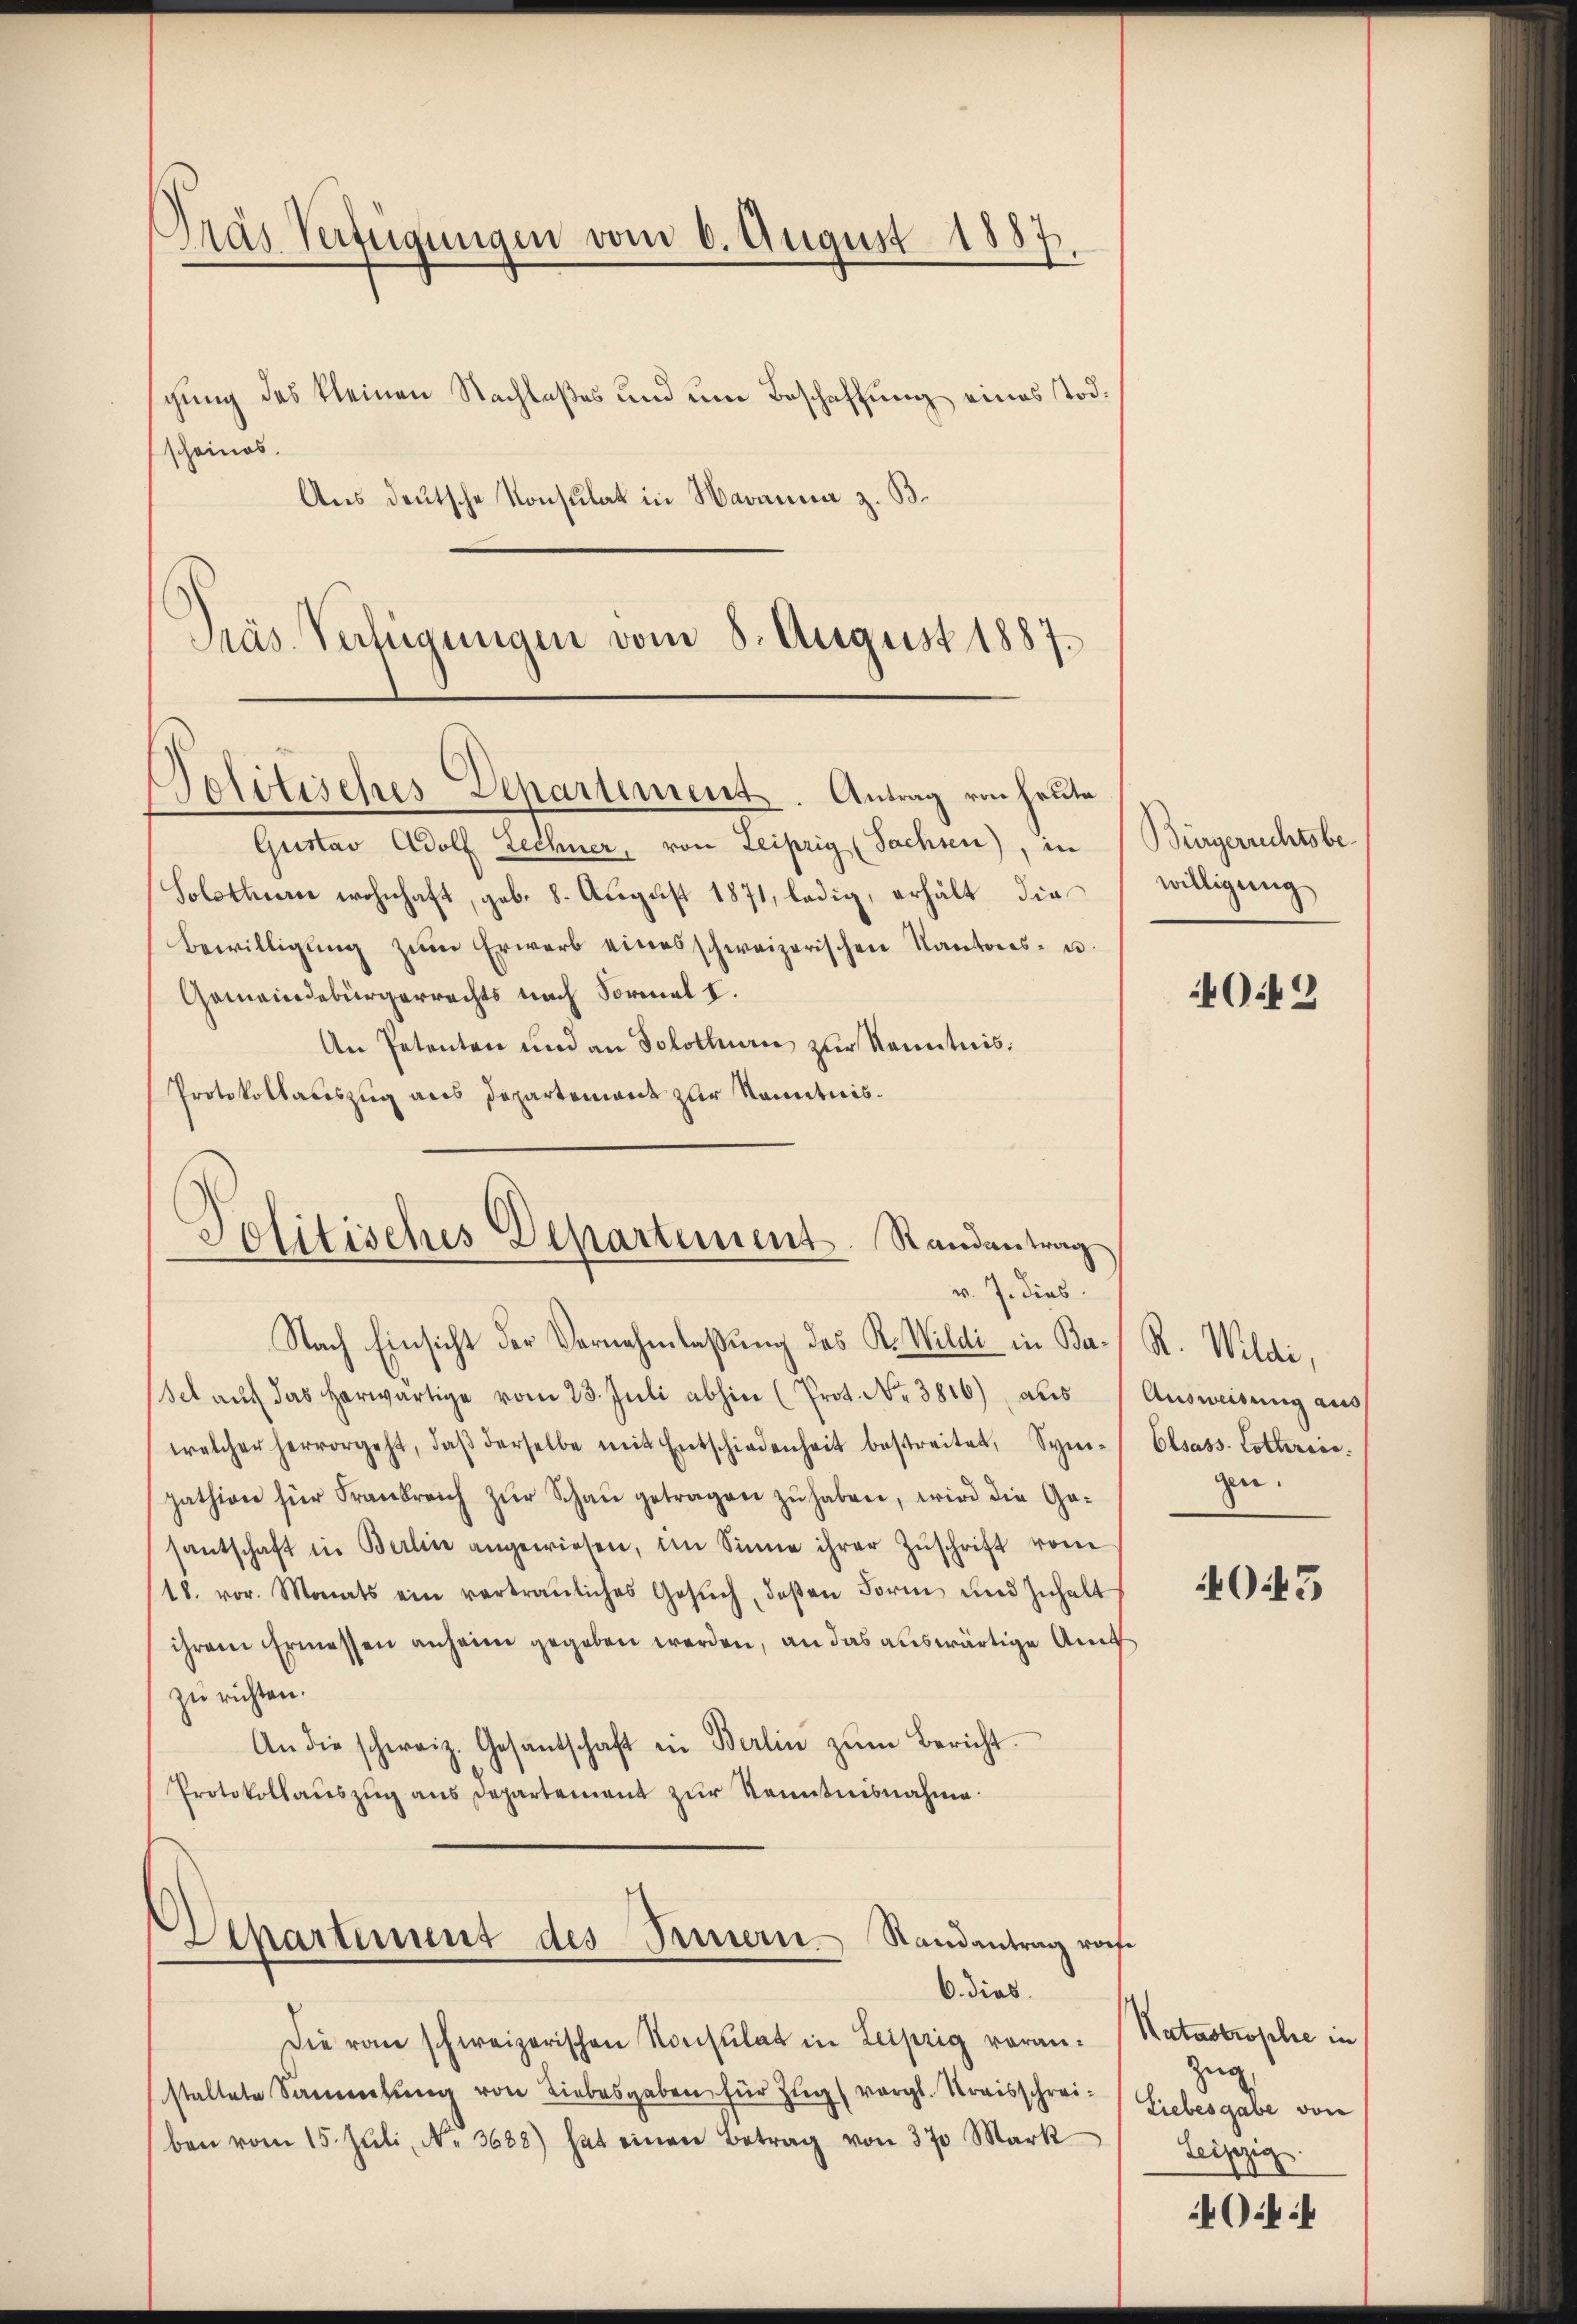
Gras Verfügungen vom 6. August 1887,

schung des kleinen Nachlaßes und um Beschaffung eines Tod.
scheines.
Aus deutsche Konsulat in Havanna z. B.
Präs. Verfügungen vom 8. August 1887.

Politisches Departement. Antrag von heute

Gustav Adolf Lechner, von Leipzig (Sachsen), in
Solothur wohnhaft, geb. 8. August 1871, ledig, erhält die
Bewilligŭng zŭm Erwerb eines schweizerischen Kantons- u.
Gemeindebürgerrechts nach Formal I.
An Petenten und an Solothurn zur Kenntnis:
Protokollauszug aus Departement zur Kenntnis¬

Politisches Departement. Randantrag
v. J. dies

Nach Einsicht der Vernehmlassung des R. Wildi in Ba- R. Wildi,
sel aŭf das herwärtige vom 23. Juli abhin (Prot. No. 3816), aus Ausweisung aus
welcher hervorgeht, daβ derselbe mit Entschiedenheit bestreitet, Sym-
pation für Frankreich zŭr Schaŭ getragen zŭ haben, wird die Ge-
santschaft in Berlin angewiesen, im Sinne ihrer Zŭschrift vom
18. vor. Monats ein vertrauliches Gesŭch, deβen Form und Inhalt
ihrem Ermessen anheim gegeben werden, an das auswärtige Amt
zu richten.
An die schweiz. Gesantschaft in Berlin zŭm Bericht.
Protokollauszug aus Departement zur Kenntnisnahme

Departement des Treuern Randantrag v.
6. dies.

Die von schweizerischen Konsulat in Leipzig voran. Natastrophe in
staltete Sammlung von Liebesgaben für Zug (vergl. Streisschreiben vom 15. Jŭli, N. 3688) hat einen Betrag von 370 Mark

af¬

Bürgerrechtsbe
willigung

4042

Olsass. Lothrine.
gen.

O45

zug,
Liebesgabe von
Leipzig.